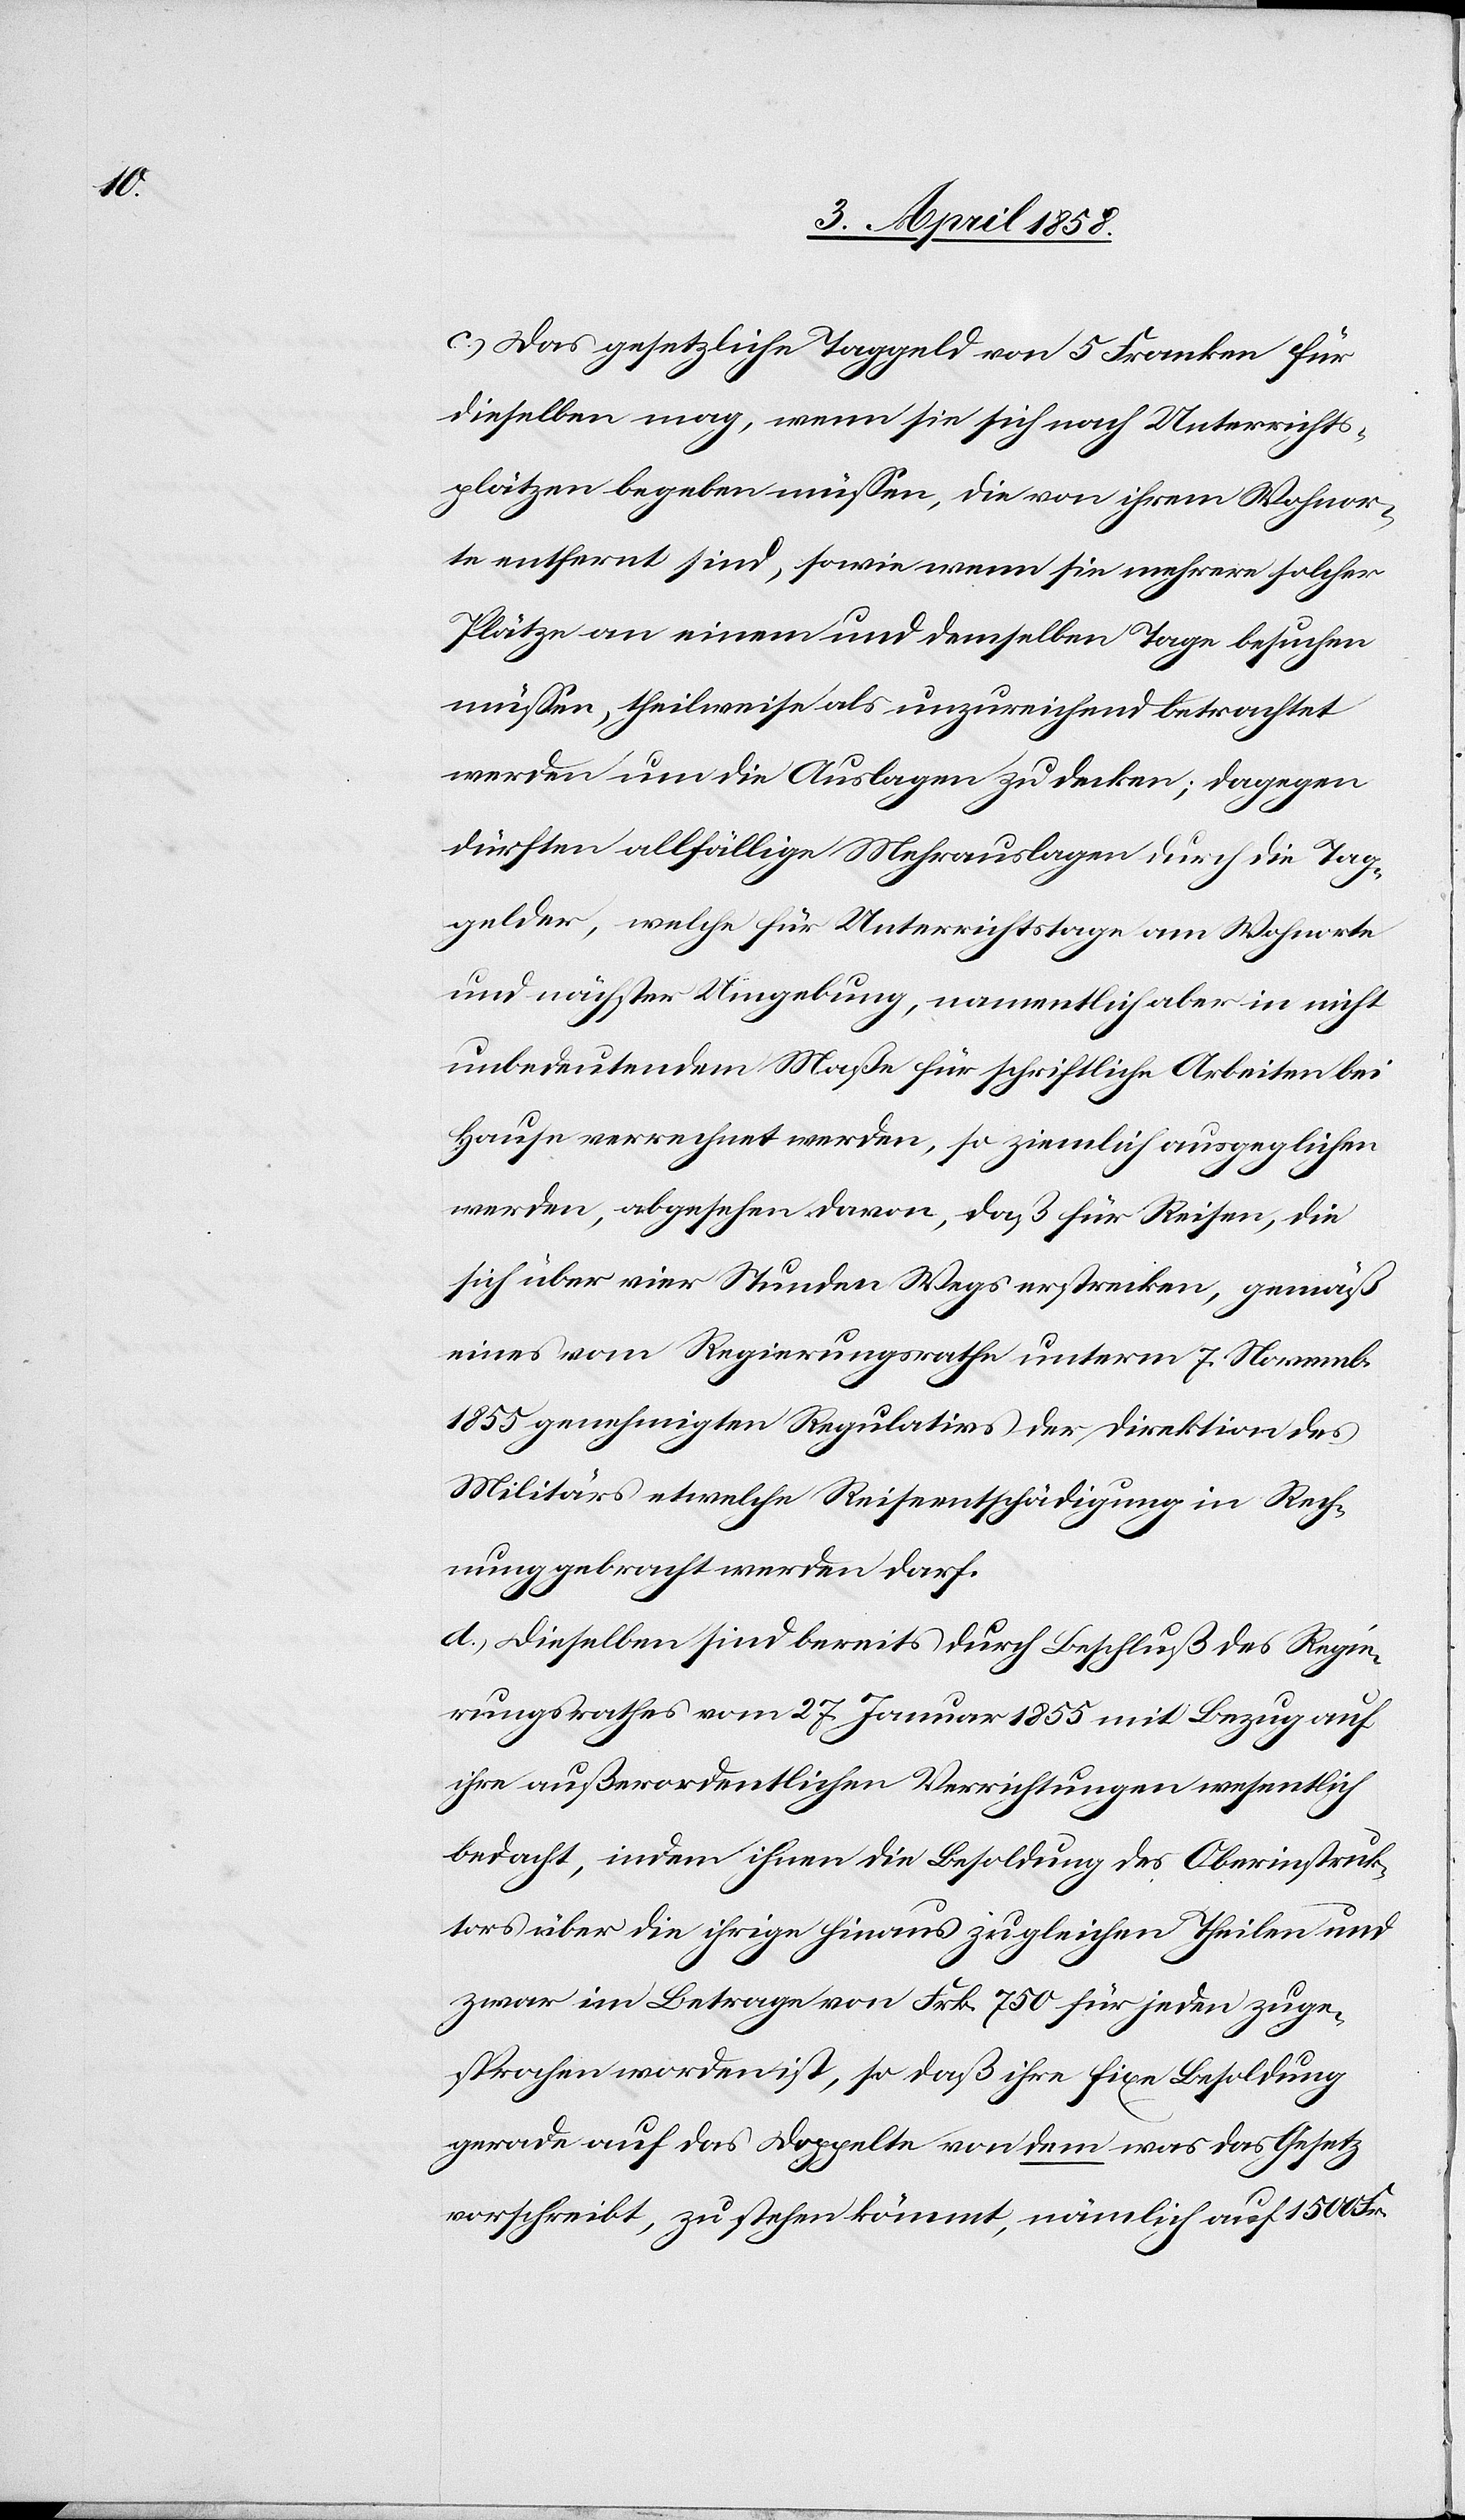
c) Das gesetzliche Taggeld von 5 Franken für
dieselben mag, wenn sie sich nach Unterrichts¬
plätzen begeben müssen, die von ihrem Wohnor¬
te entfernt sind, sowie wenn sie mehrere solcher
Plätze an einem und demselben Tage besuchen
müssen, theilweise als unzureichend betrachtet
werden um die Auslagen zu decken; dagegen
dürften allfällige Mehrauslagen durch die Tag¬
gelder, welche für Unterrichtstage am Wohnorte
und nächster Umgebung, namentlich aber in nicht
unbedeutendem Maße für schriftliche Arbeiten bei
Hause verrechnet werden, so ziemlich ausgeglichen
werden, abgesehen davon, daß für Reisen, die
sich über vier Stunden Wegs erstrecken, gemäß
eines vom Regierungsrathe unterm 7. Novemb.
1855 genehmigten Regulativs der Direktion des
Militärs etwelche Reiseentschädigung in Rech¬
nung gebracht werden darf.
d) Dieselben sind bereits durch Beschluß des Regie¬
rungsrathes vom 27. Januar 1855 mit Bezug auf
ihre außerordentlichen Verrichtungen wesentlich
bedacht, indem ihnen die Besoldung des Oberinstruk¬
tors über die ihrige hinaus zugleichen Theilen und
zwar im Betrage von Frk. 750 für jeden zuge¬
sprochen worden ist, so daß ihre fixe Besoldung
gerade auf das Doppelte von dem was das Gesetz
vorschreibt, zu stehen kömmt, nämlich auf 1500